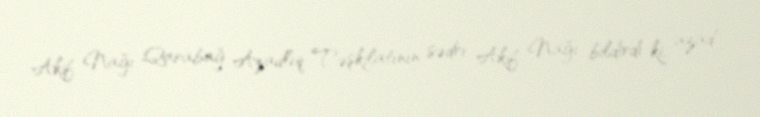
Akif Nağı Qarabağ Azadlıq Təşkilatının sədri Akif Nağı bildirdi ki, azad